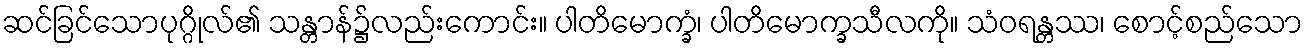
ဆင်ခြင်သောပုဂ္ဂိုလ်၏ သန္တာန်၌လည်းကောင်း။ ပါတိမောက္ခံ၊ ပါတိမောက္ခသီလကို။ သံဝရန္တဿ၊ စောင့်စည်သော